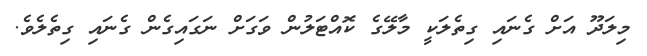
މިލަދޫ އަށް ގެނައި ގިތެލަކީ މާލޭގެ ކޮއްޓަލުން ވަގަށް ނަގައިގެން ގެނައި ގިތެލެވެ.